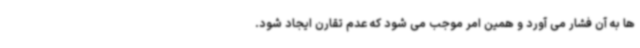
ها به آن فشار می آورد و همین امر موجب می شود که عدم تقارن ایجاد شود.